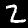
Digit: 2